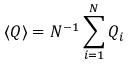
\langle Q \rangle = N ^ { - 1 } \sum _ { i = 1 } ^ { N } Q _ { i }